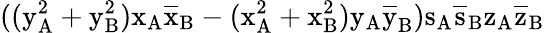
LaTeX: ((\mathrm{y_{A}^{2}+\mathrm{y_{B}^{2})\mathrm{x_{A}\mathrm{\overline{{x}}_{B}-(\mathrm{x_{A}^{2}+\mathrm{x_{B}^{2})\mathrm{y_{A}\mathrm{\overline{{y}}_{B})\mathrm{s_{A}\mathrm{\overline{{s}}_{B}\mathrm{z_{A}\mathrm{\overline{{z}}_{B}}}}}}}}}}}}}